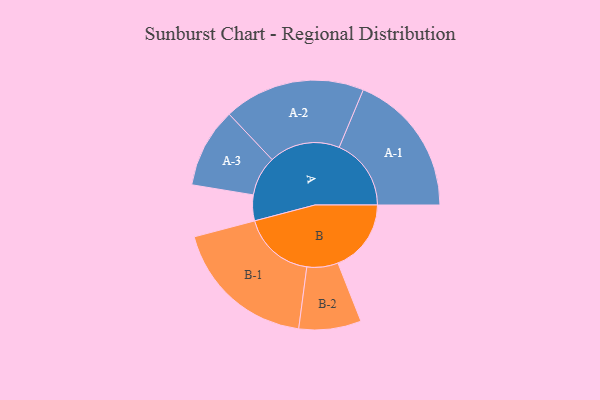
{"axis": {"x": "Segment", "y": "Value"}, "legend": ["", "A", "B"], "data": [{"x": "A", "y": 106, "type": ""}, {"x": "B", "y": 301, "type": ""}, {"x": "A-1", "y": 296, "type": "A"}, {"x": "A-2", "y": 291, "type": "A"}, {"x": "A-3", "y": 164, "type": "A"}, {"x": "B-1", "y": 298, "type": "B"}, {"x": "B-2", "y": 128, "type": "B"}]}